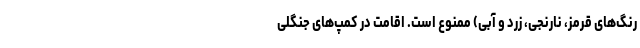
رنگ‌های قرمز، نارنجی، زرد و آبی) ممنوع است. اقامت در کمپ‌های جنگلی